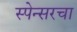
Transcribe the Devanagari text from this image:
स्पेन्सरचा